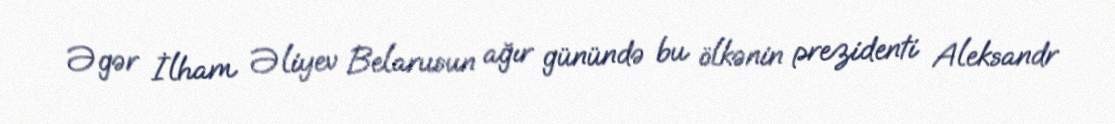
Əgər İlham Əliyev Belarusun ağır günündə bu ölkənin prezidenti Aleksandr